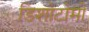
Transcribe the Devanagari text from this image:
डिशोटोमी